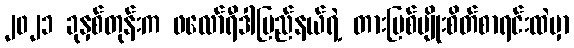
၂၀၂၁ ခုနှစ်တုန်းက ဖလော်ရီဒါပြည်နယ်ရဲ့ တားမြစ်မျိုးစိတ်စာရင်းထဲမှာ